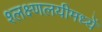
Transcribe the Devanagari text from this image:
श्लक्ष्णलयीमध्यें